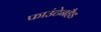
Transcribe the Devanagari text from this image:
फाउंटेनहैड